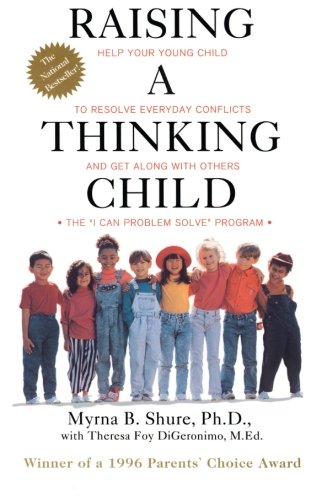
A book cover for Raising a Thinking Child: Help Your Young Child to Resolve Everyday Conflicts and Get Along with Others; Myrna Shure; Parenting & Relationships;